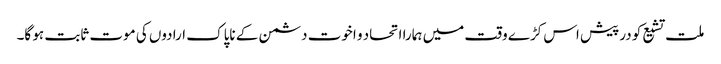
ملت تشیع کو درپیش اس کڑے وقت میں ہمارا اتحاد و اخوت دشمن کے ناپاک ارادوں کی موت ثابت ہو گا۔